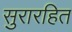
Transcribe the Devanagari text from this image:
सुरारहित